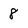
Character: 8